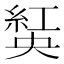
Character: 𦁾